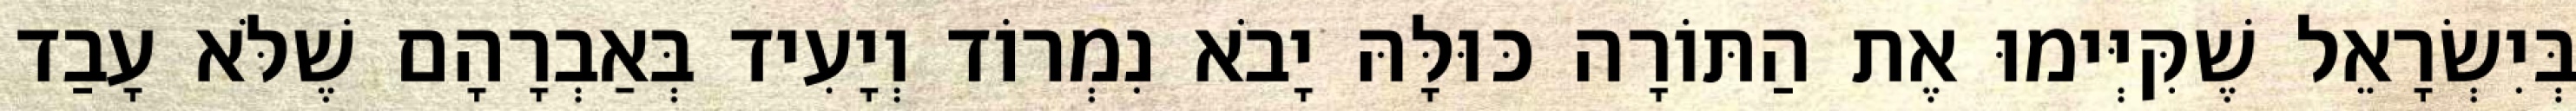
בְּיִשְׂרָאֵל שֶׁקִּיְּימוּ אֶת הַתּוֹרָה כּוּלָּהּ יָבֹא נִמְרוֹד וְיָעִיד בְּאַבְרָהָם שֶׁלֹּא עָבַד